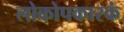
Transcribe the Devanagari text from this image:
लोकोपकारकं